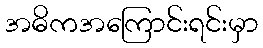
အဓိကအကြောင်းရင်းမှာ